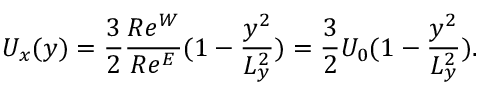
U _ { x } ( y ) = \frac { 3 } { 2 } \frac { R e ^ { W } } { R e ^ { E } } ( 1 - \frac { y ^ { 2 } } { L _ { y } ^ { 2 } } ) = \frac { 3 } { 2 } U _ { 0 } ( 1 - \frac { y ^ { 2 } } { L _ { y } ^ { 2 } } ) .